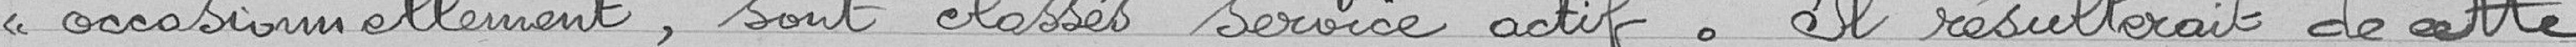
<< occasionnellement , sont classés service actif . Il résulterait de cette